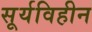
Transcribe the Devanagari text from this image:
सूर्यविहीन